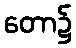
တော၌